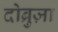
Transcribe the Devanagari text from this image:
दोब्रुज़ा